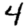
Digit: 4